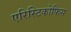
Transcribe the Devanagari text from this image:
एरिस्टिकोफिस